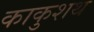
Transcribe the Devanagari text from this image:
काकुशथ